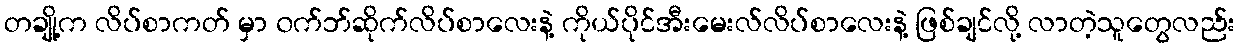
တချို့က လိပ်စာကတ် မှာ ၀က်ဘ်ဆိုက်လိပ်စာလေးနဲ့ ကိုယ်ပိုင်အီးမေးလ်လိပ်စာလေးနဲ့ ဖြစ်ချင်လို့ လာတဲ့သူတွေလည်း